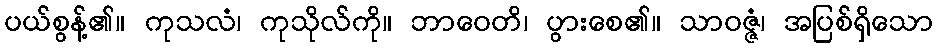
ပယ်စွန့်၏။ ကုသလံ၊ ကုသိုလ်ကို။ ဘာဝေတိ၊ ပွားစေ၏။ သာဝဇ္ဇံ၊ အပြစ်ရှိသော